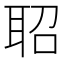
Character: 𬚖